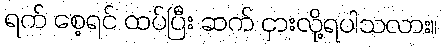
ရက် စေ့ရင် ထပ်ပြီး ဆက် ငှားလို့ရပါသလား။